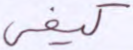
كيفي